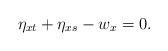
LaTeX: \begin{align*}\eta_{xt}+\eta_{xs}-w_x=0. \end{align*}